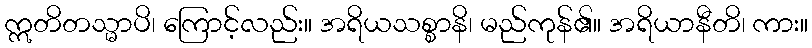
ဣတိတသ္မာပိ၊ ကြောင့်လည်း။ အရိယသစ္စာနိ၊ မည်ကုန်၏။ အရိယာနီတိ၊ ကား။